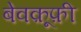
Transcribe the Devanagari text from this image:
बेवक़ूफ़ी